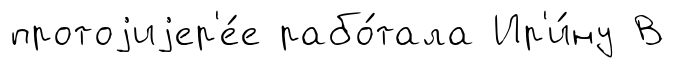
протоjиjер'е́е рабо́тала Ир'и́ну В